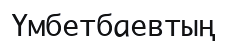
Үмбетбаевтың